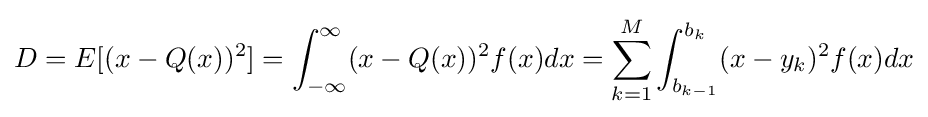
D=E[(x-Q(x))^{2}]=\int _{-\infty }^{\infty }(x-Q(x))^{2}f(x)dx=\sum _{k=1}^{M}\int _{b_{k-1}}^{b_{k}}(x-y_{k})^{2}f(x)dx